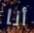
أنا